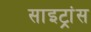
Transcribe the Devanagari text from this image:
साइट्रांस